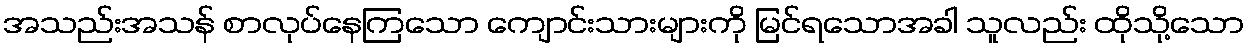
အသည်းအသန် စာလုပ်နေကြသော ကျောင်းသားများကို မြင်ရသောအခါ သူလည်း ထိုသို့သော